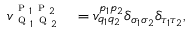
\begin{array} { r l } { { v } _ { \textsc { q } _ { 1 } \textsc { q } _ { 2 } } ^ { \textsc { p } _ { 1 } \textsc { p } _ { 2 } } } & { { } = { v } _ { q _ { 1 } q _ { 2 } } ^ { p _ { 1 } p _ { 2 } } \delta _ { \sigma _ { 1 } \sigma _ { 2 } } \delta _ { \tau _ { 1 } \tau _ { 2 } } , } \end{array}